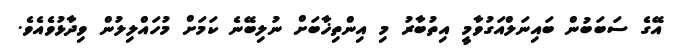
އޭގެ ސަބަބުން ބައިނަލްއަގުވާމީ އިތުބާރު މި އިންތިޚާބަށް ނުލިބޭނެ ކަމަށް މުހައްލިލުން ވިދާޅުވެއެވެ.